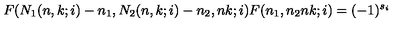
F ( N _ { 1 } ( n , k ; i ) - n _ { 1 } , N _ { 2 } ( n , k ; i ) - n _ { 2 } , n k ; i ) F ( n _ { 1 } , n _ { 2 } n k ; i ) = ( - 1 ) ^ { s _ { i } }